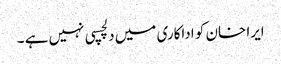
ایرا خان کو اداکاری میں دلچسپی نہیں ہے ۔